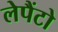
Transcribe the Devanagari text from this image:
लेपैंटो